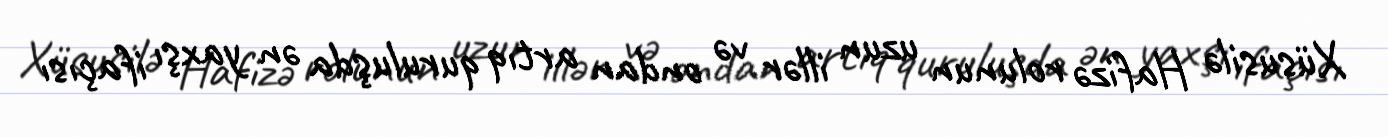
Xüsusilə Hafizə rolunun uzun illər və ondan artıq quruluşda ən yaxşı ifaçısı